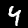
Digit: 4